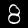
Label: 8